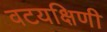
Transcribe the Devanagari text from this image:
वटयक्षिणी